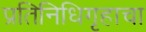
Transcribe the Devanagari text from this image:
प्रतिनिधिगृहाचा